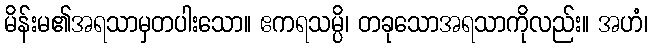
မိန်းမ၏အရသာမှတပါးသော။ ဧကရသမ္ပိ၊ တခုသောအရသာကိုလည်း။ အဟံ၊